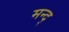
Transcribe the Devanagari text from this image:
मन्द्